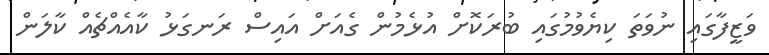
ވަޒީފާގައި ނުވަތަ ކިޔެވުމުގައި ބުރަކޮށް އުޅެމުން ގެއަށް އައިސް ރަނގަޅު ކާއެއްޗެއް ކާލަން